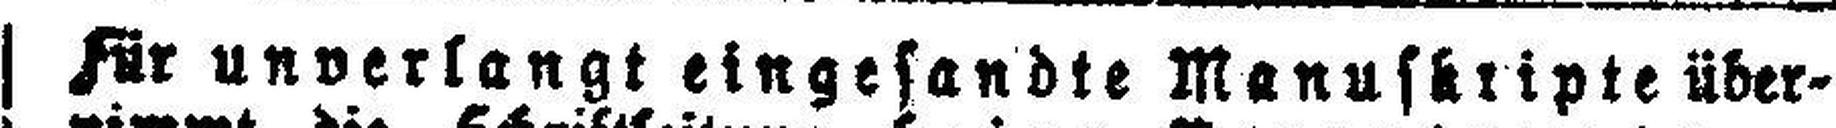
Für unverlangt eingesandte Manuskripte über¬